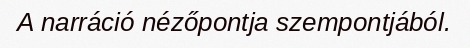
A narráció nézőpontja szempontjából.